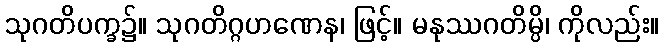
သုဂတိပက္ခ၌။ သုဂတိဂ္ဂဟဏေန၊ ဖြင့်။ မနုဿဂတိမ္ပိ၊ ကိုလည်း။